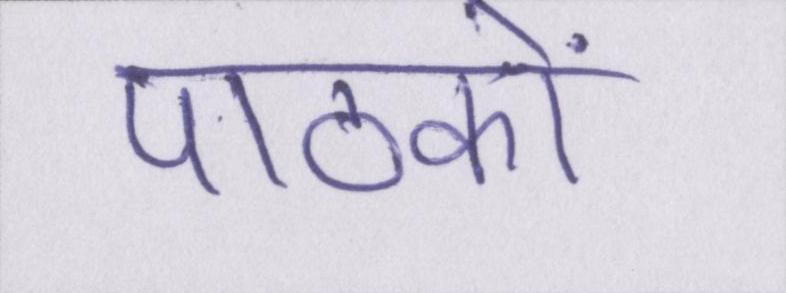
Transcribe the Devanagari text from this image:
पाठकों